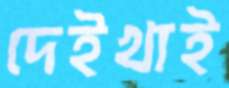
দেইখাই